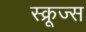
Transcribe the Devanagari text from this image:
स्क्रूज्स